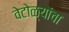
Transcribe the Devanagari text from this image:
वेटोळ्यांचा